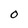
Character: 0